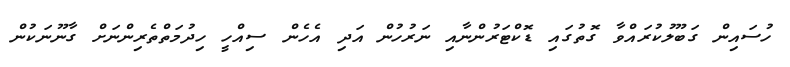
ހުސައިން ގަބޫލުކުރައްވާ ގޮތުގައި ޑޮކްޓަރުންނާއި ނަރުހުން އަދި އެހެން ސިއްހީ ހިދުމަތްތެރިންނަށް ގާނޫނަކުން